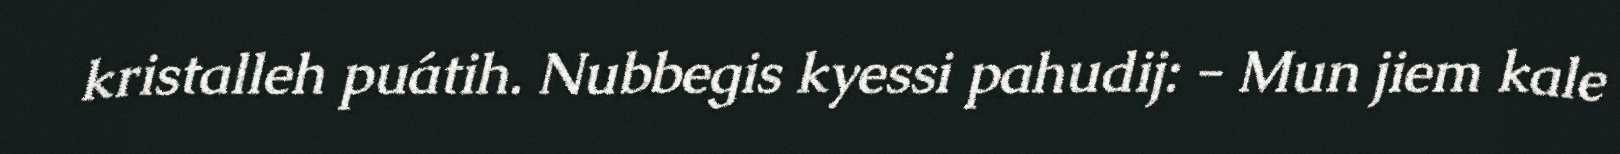
kristalleh puátih. Nubbegis kyessi pahudij: - Mun jiem kale